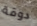
دوقة